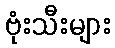
ဗုံးသီးများ